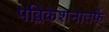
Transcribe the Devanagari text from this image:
पब्लिकेशनातर्फे